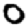
Digit: 0